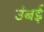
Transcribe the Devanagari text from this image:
उंबई